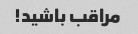
مراقب باشید!